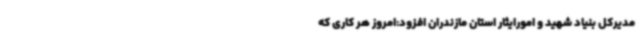
مدیرکل بنیاد شهید و امورایثار استان مازندران افزود:امروز هر کاری که